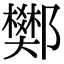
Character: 𨟅